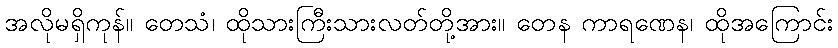
အလိုမရှိကုန်။ တေသံ၊ ထိုသားကြီးသားလတ်တို့အား။ တေန ကာရဏေန၊ ထိုအကြောင်း